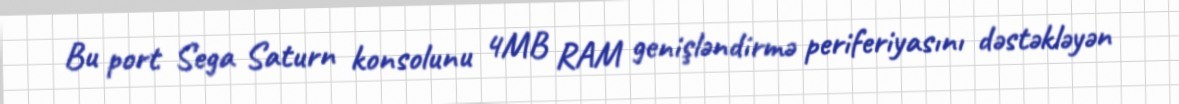
Bu port Sega Saturn konsolunu 4MB RAM genişləndirmə periferiyasını dəstəkləyən